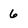
Character: 6